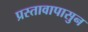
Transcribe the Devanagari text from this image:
प्रस्तावापासुन